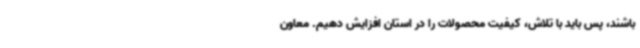
باشند، پس باید با تلاش، کیفیت محصولات را در استان افزایش دهیم. معاون